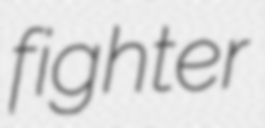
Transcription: fighter